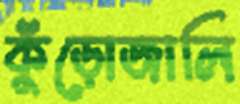
কুঁড়োজালি